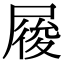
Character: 𡲲